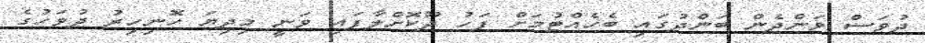
ދުވަސް ވަންދެން ބަންދުގައި ބެހެއްޓުމަށް ފަހު ދޫކޮށްލާފައި ވަނީ މިދިޔަ ހޮނިހިރު ދުވަހުގެ